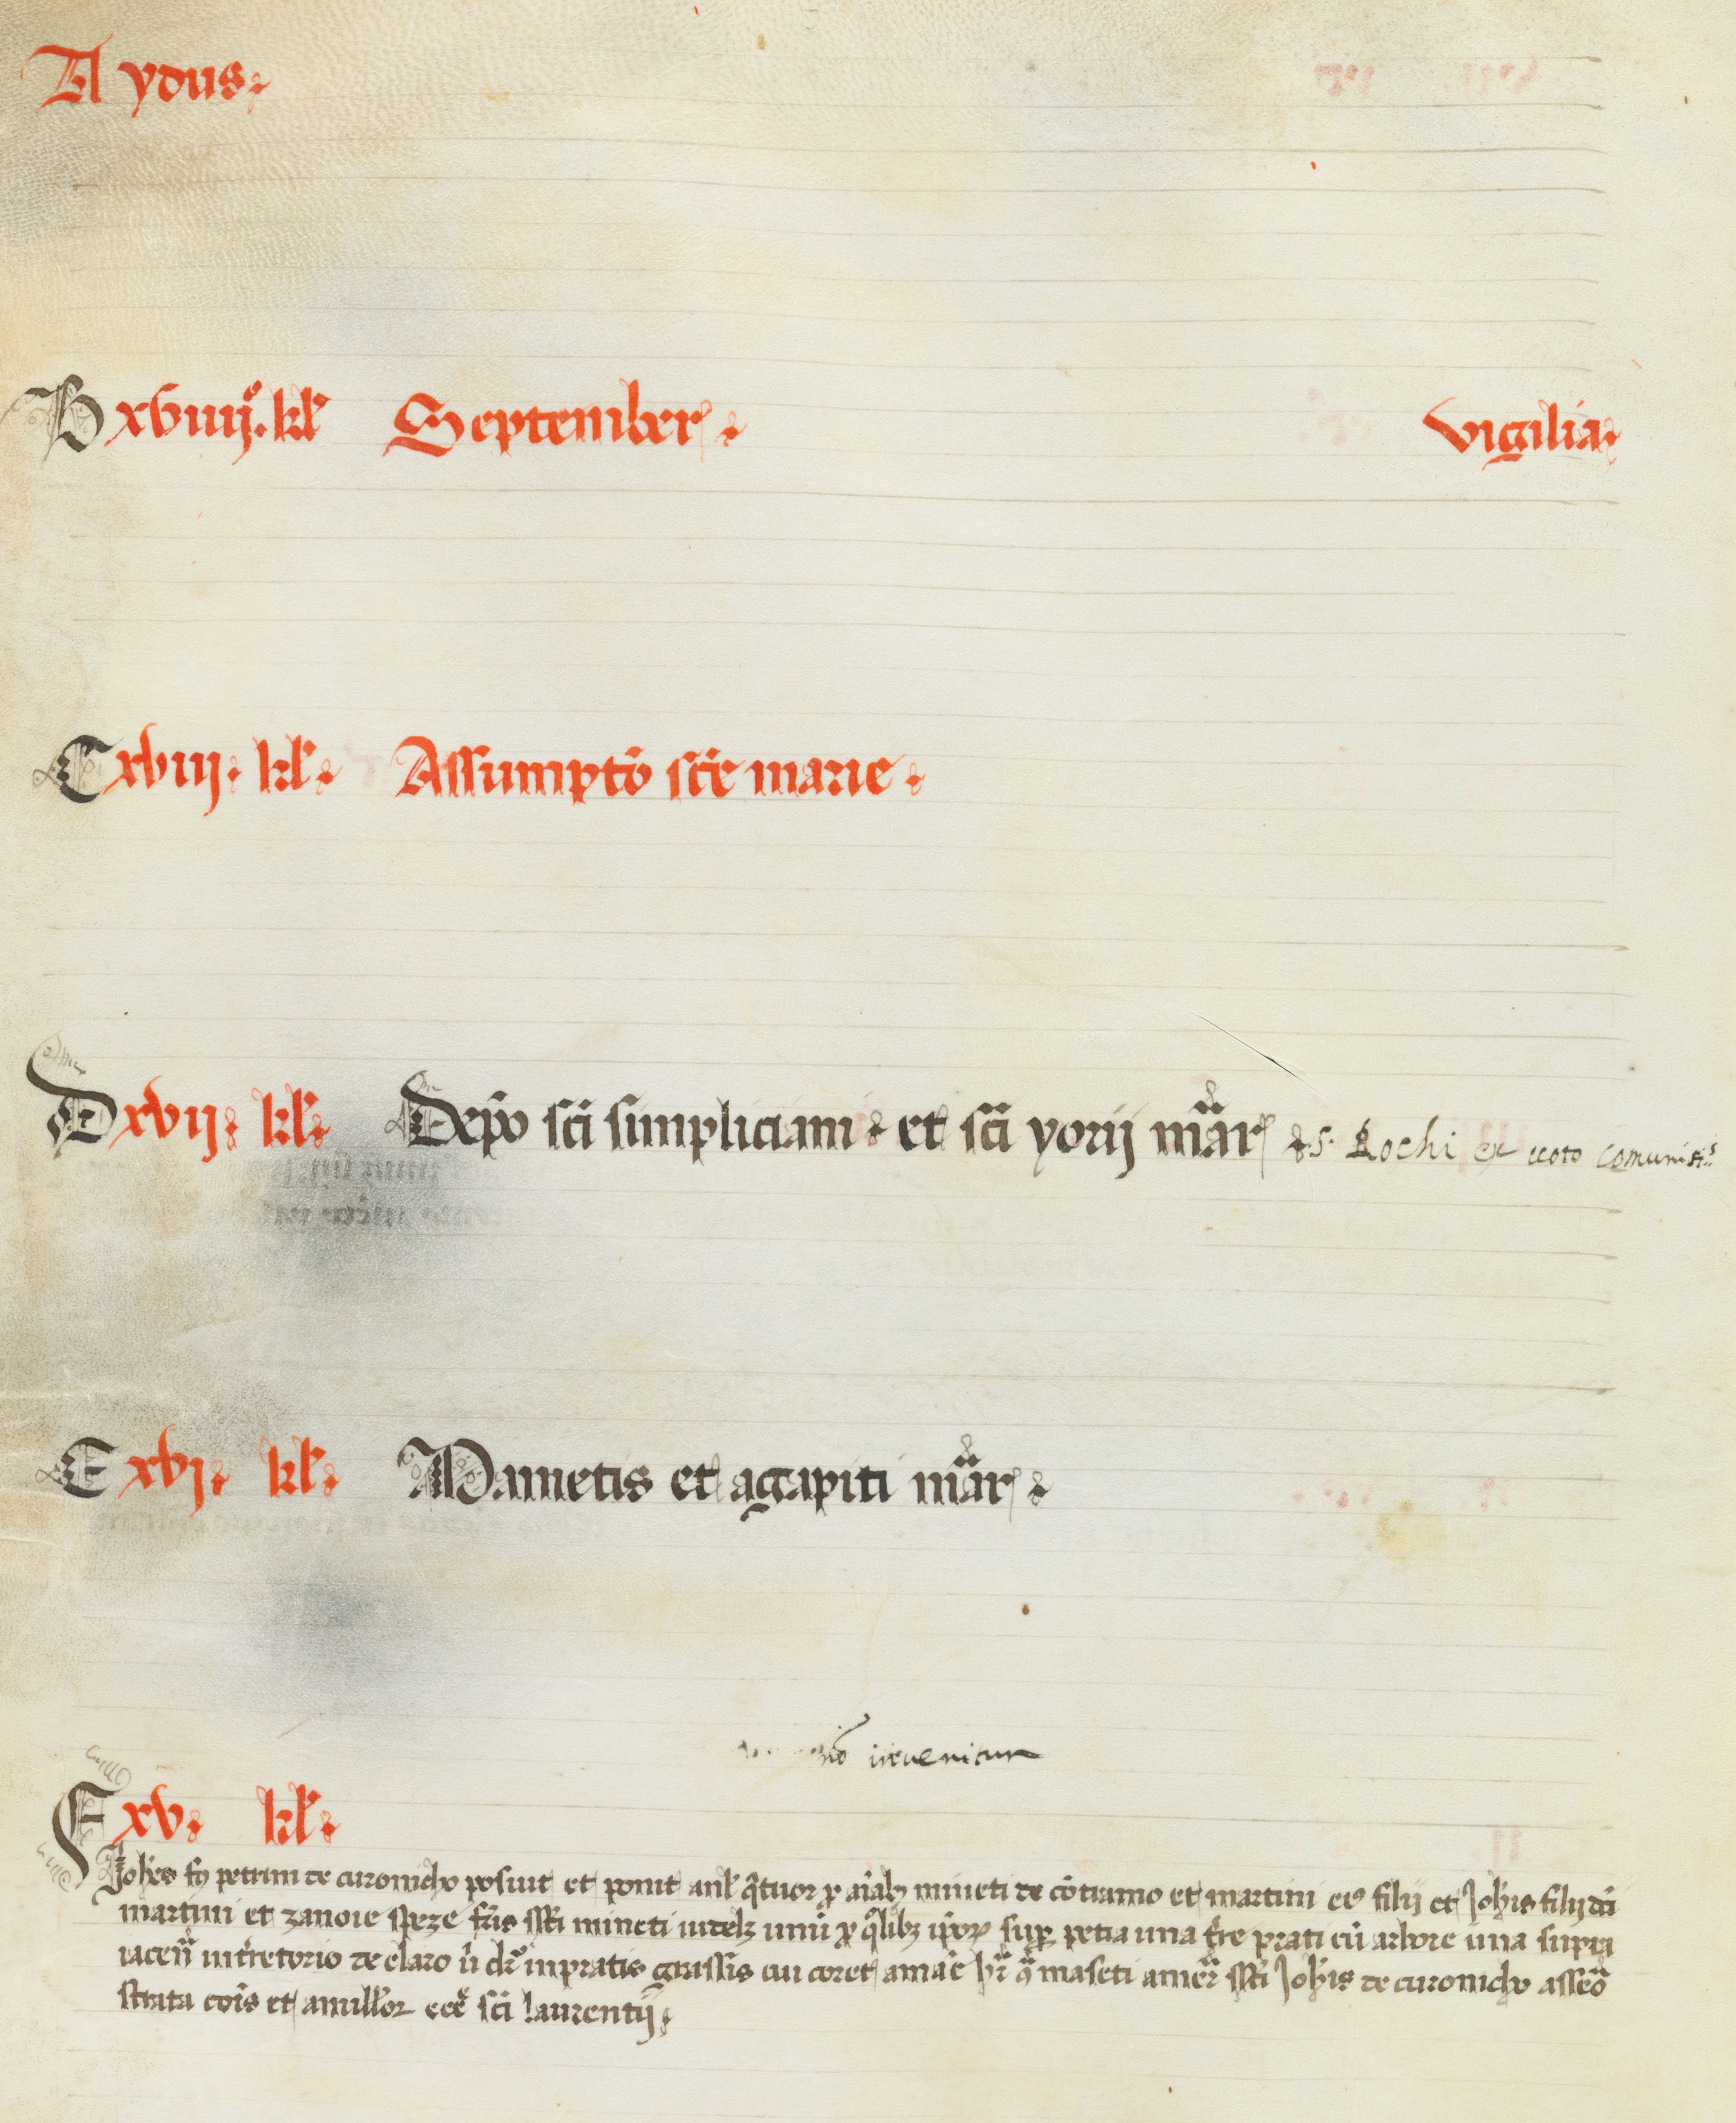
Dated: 1450–1499